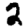
Digit: 2